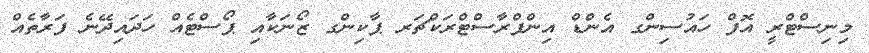
މިނިސްޓްރީ އޮފް ހައުސިންގ އެންޑް އިންފްރާސްޓްރަކްޗަރ ޕާކިންގ ޒޯނަކާއި ޕޯސްޓެއް ހަދައިދޭނެ ފަރާތެއް